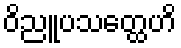
ဝိညူပသတ္ထေဟိ